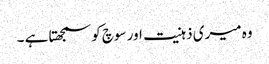
وہ میری ذہنیت اور سوچ کو سمجھتا ہے ۔